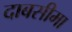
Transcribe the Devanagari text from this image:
दाबसीमा